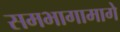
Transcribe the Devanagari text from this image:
समभागामागे